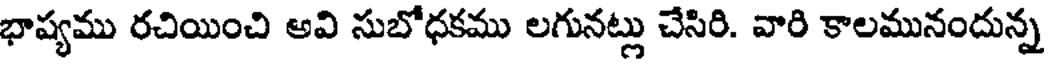
భాష్యము రచియించి అవి సుబోధకము లగునట్లు చేసిరి. వారి కాలమునందున్న